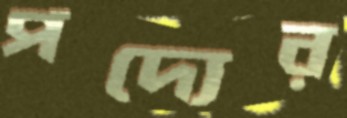
পদ্যের